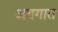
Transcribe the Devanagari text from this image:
अवगात